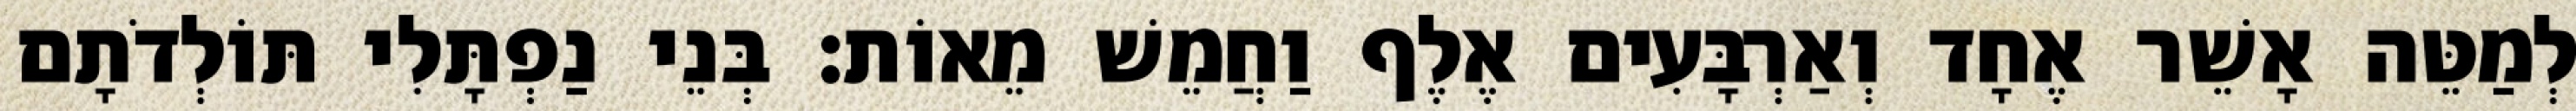
לְמַטֵּה אָשֵׁר אֶחָד וְאַרְבָּעִים אֶלֶף וַחֲמֵשׁ מֵאוֹת׃ בְּנֵי נַפְתָּלִי תּוֹלְדֹתָם